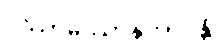
ပဿာမိဿာနုဘာဝန္တိ